Vaccination in Bombay 1913-1923 - 1913-1923
Year: 1913
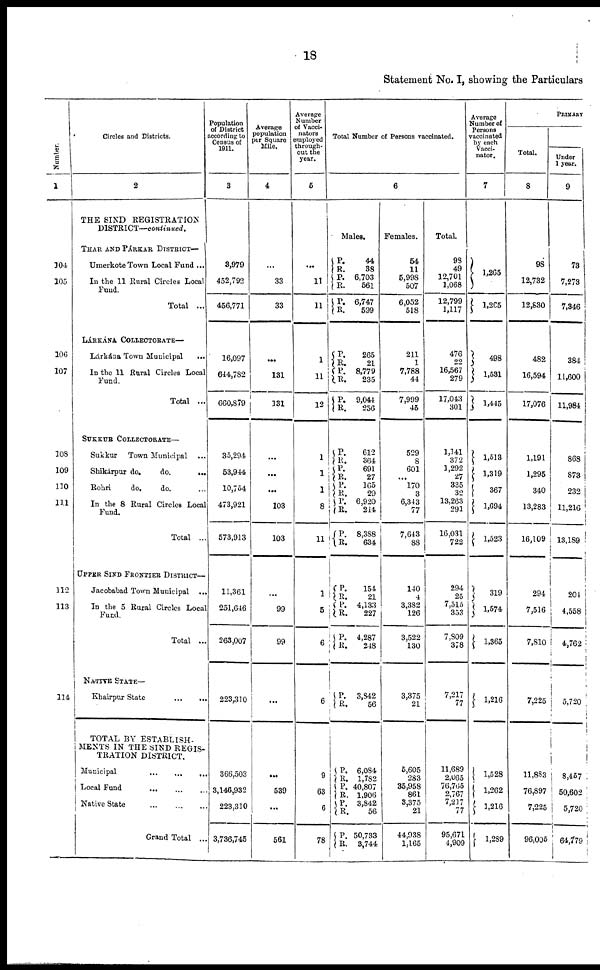
18
Statement No. I, showing the Particulars
Number.
1
104
105
106
107
108
109
110
111
112
113
114
Circles and Districts.
2
THE SIND REGISTRATION
DISTRICT—continued.
THAR AND PÁRKAR DISTRICT—
Umerkote Town Local Fund ...
In the 11 Rural Circles Local
Fund.
Total ...
LÁRKÁNA COLLECTORATE—
Lárkána Town Municipal
...
In the 11 Rural Circles Local
Fund.
Total ...
SUKKUR COLLECTORATE—
Sukkur
Town Municipal ...
Shikárpur do.
do.
...
Rohri
do.
do. ...
In the 8 Rural Circles Local
Fund.
Total ...
UPPER SIND FRONTIER DISTRICT—
Jacobabad Town Municipal
...
In the 5 Rural Circles Local
Fund.
Total ...
NATIVE STATE—
Khairpur
State
...
...
TOTAL BY ESTABLISH-
MENTS IN THE SIND REGIS-
TRATION DISTRICT.
Municipal
...
...
...
Local Fund
...
...
...
Native State
...
...
...
Grand Total ...
Population
of District
according to
Census of
1911.
3
3,979
452,792
456,771
16,097
644,782
660,879
35,294
53,944
10,754
473,921
573,913
11,361
251,646
263,007
223,310
366,503
3,146,932
223,310
3,736,745
Average
population
per Square
Mile.
4
...
33
33
...
131
131
...
...
...
103
103
...
99
99
...
...
539
...
561
Average
Number
of Vacci¬
nators
employed
through-
out the
year.
5
...
11
11
1
11
12
1
1
1
8
11
1
5
6
6
9
63
6
78
Total Number of Persons vaccinated.
6
Males.
P.
R. P.
R.
P.
R.
44
38
6,703
561
6,747
599
P.
R.
P.
R.
P.
R.
265
21
8,779
235
9,044
256
P.
R.
P.
R.
P.
R.
P.
R.
P.
R.
612
364
691
27
165
29
6,920
214
8,388
634
P.
R.
P.
R.
P.
R.
154
21
4,133
227
4,287
248
P.
R.
3,842
56
P.
R.
P.
R. P.
R.
P.
R.
6,084
1,782
40,807
1,906
3,842
56
50,733
3,744
Females.
54
11
5,998
507
6,052
518
211
1
7,788
44
7,999
45
529
8
601
...
170
3
6,343
77
7,643
88
140
4
3,382
126
3,522
130
3,375
21
6,605
283
35,958
861
3,375
21
44,938
1,165
Total.
98
49
12,701
1,068
12,799
1,117
476
22
16,567
279
17,043
301
1,141
372
1,292
27
335
32
13,263
291
16,031
722
294
25
7,515
353
7,809
378
7,217
77
11,689
2,065
76,765
2,767
7,217
77
95,671
4,909
Average
Number of
Persons
vaccinated
by each
Vacci¬
nator.
7
1,265
1,265
498
1,531
1,445
1,513
1,319
367
1,694
1,523
319
1,574
1,365
1,216
1,528
1,262
1,216
1,289
PRIMARY
Total.
8
98
12,732
12,830
482
16,594
17,076
1,191
1,295
340
13,283
16,109
294
7,516
7,810
7,225
11,883
76,897
7,225
96,005
Under
1 year.
9
73
7,273
7,346
384
11,600
11,984
868
873
232
11,216
13,189
204
4,558
4,762
5,720
8,457
50,602
5,720
64,779